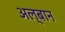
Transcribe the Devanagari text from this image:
अल्बान